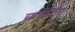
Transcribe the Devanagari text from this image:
ब्रह्मचारिलोग